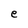
Character: e